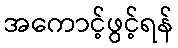
အကောင့်ဖွင့်ရန်